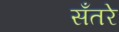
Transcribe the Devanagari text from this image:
सँतरे